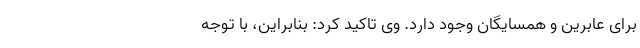
برای عابرین و همسایگان وجود دارد. وی تاکید کرد: بنابراین، با توجه